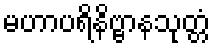
မဟာပရိနိဗ္ဗာနသုတ္တံ